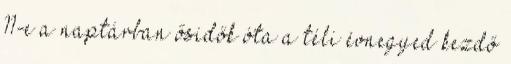
11-e a naptárban ősidők óta a téli évnegyed kezdő